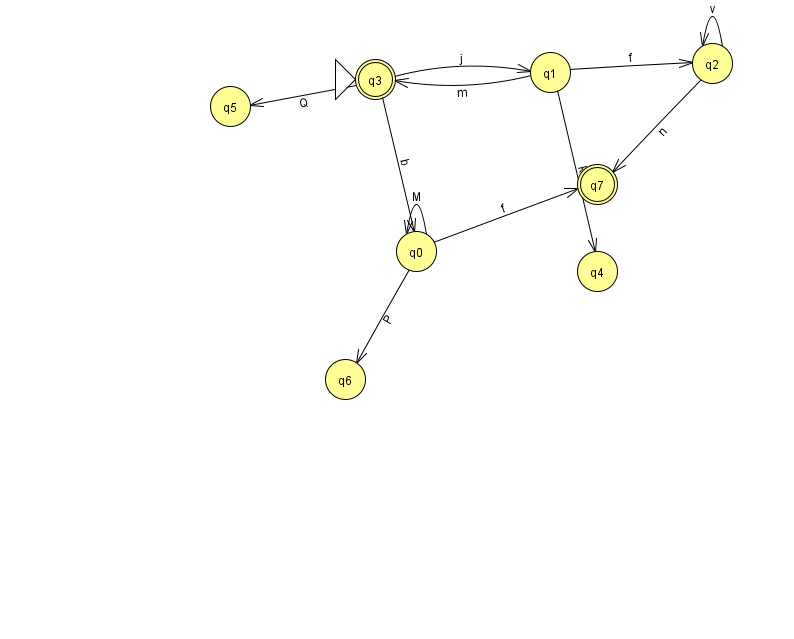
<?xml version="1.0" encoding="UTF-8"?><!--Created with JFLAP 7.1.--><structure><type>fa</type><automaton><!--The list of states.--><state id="0" name="q0"><x>416.0</x><y>238.0</y></state><state id="1" name="q1"><x>550.0</x><y>59.0</y></state><state id="2" name="q2"><x>712.0</x><y>50.0</y></state><state id="3" name="q3"><x>375.0</x><y>66.0</y><initial/><final/></state><state id="4" name="q4"><x>597.0</x><y>258.0</y></state><state id="5" name="q5"><x>230.0</x><y>93.0</y></state><state id="6" name="q6"><x>345.0</x><y>366.0</y></state><state id="7" name="q7"><x>597.0</x><y>171.0</y><final/></state><!--The list of transitions.--><transition><from>0</from><to>6</to><read>P</read></transition><transition><from>3</from><to>5</to><read>Q</read></transition><transition><from>1</from><to>4</to><read>k</read></transition><transition><from>0</from><to>7</to><read>f</read></transition><transition><from>2</from><to>2</to><read>v</read></transition><transition><from>2</from><to>7</to><read>n</read></transition><transition><from>3</from><to>1</to><read>j</read></transition><transition><from>1</from><to>3</to><read>m</read></transition><transition><from>0</from><to>0</to><read>M</read></transition><transition><from>3</from><to>0</to><read>b</read></transition><transition><from>1</from><to>2</to><read>f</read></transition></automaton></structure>